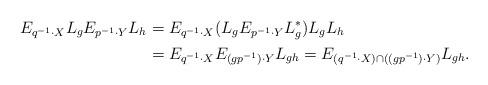
LaTeX: \begin{align*}E_{q^{-1}\cdot X}L_g E_{p^{-1}\cdot Y} L_h &= E_{q^{-1}\cdot X} (L_gE_{p^{-1}\cdot Y}L_g^*) L_gL_h\\& = E_{q^{-1}\cdot X} E_{(gp^{-1})\cdot Y} L_{gh} = E_{(q^{-1}\cdot X)\cap((gp^{-1})\cdot Y)} L_{gh}. \end{align*}